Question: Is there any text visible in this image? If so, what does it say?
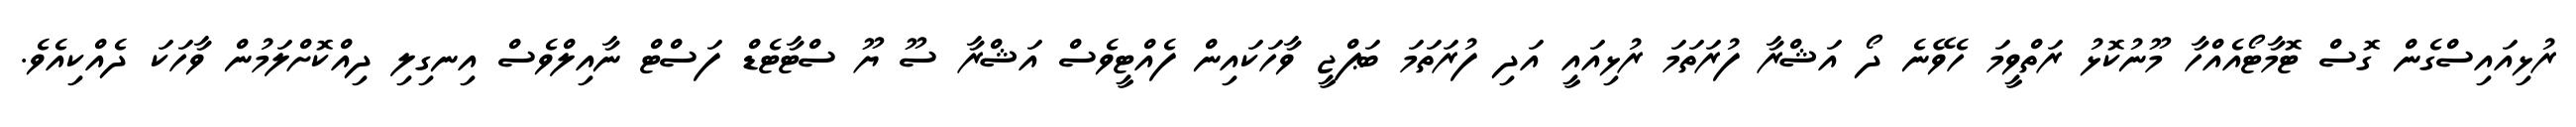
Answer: ރުޅިއައިސްގެން ގޮސް ޓޮމާޓޯއެއްހާ މޫނުކޮޅު ރަތްވީމަ ހެވޭނެ ދޯ އަޝްރާ ފުރަތަމަ ރުޅިއައީ އަދި ފުރަތަމަ ބަޕްޖީ ވާހަކައިން ފެއްޓީވެސް އަޝްރާ ސޫ ޔޫ ސްޓާޓެޑް ފަސްޓް ނާއިލްވެސް އިނގިލި ދިއްކޮށްލަމުން ވާހަކަ ދެއްކިއެވެ.